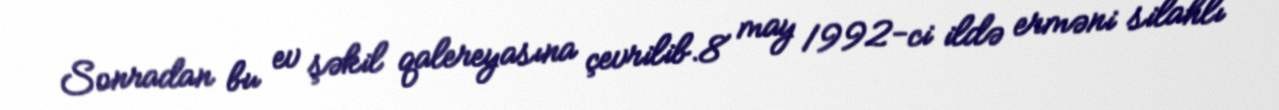
Sonradan bu ev şəkil qalereyasına çevrilib.8 may 1992-ci ildə erməni silahlı